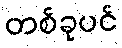
တစ်ခုပင်